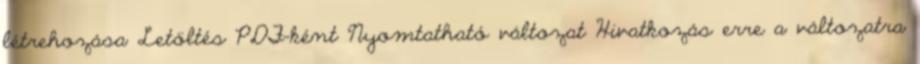
létrehozása Letöltés PDF-ként Nyomtatható változat Hivatkozás erre a változatra